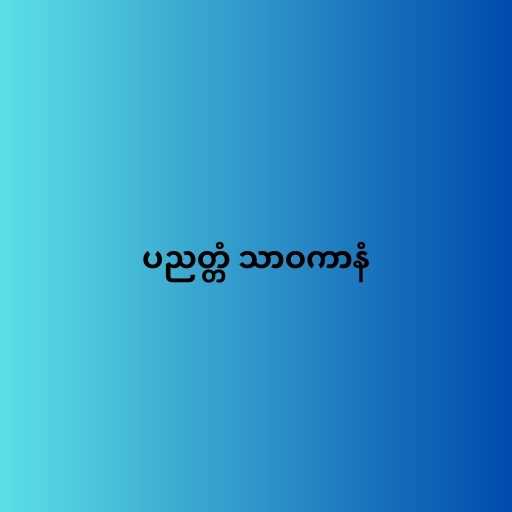
ပညတ္တံ သာဝကာနံ